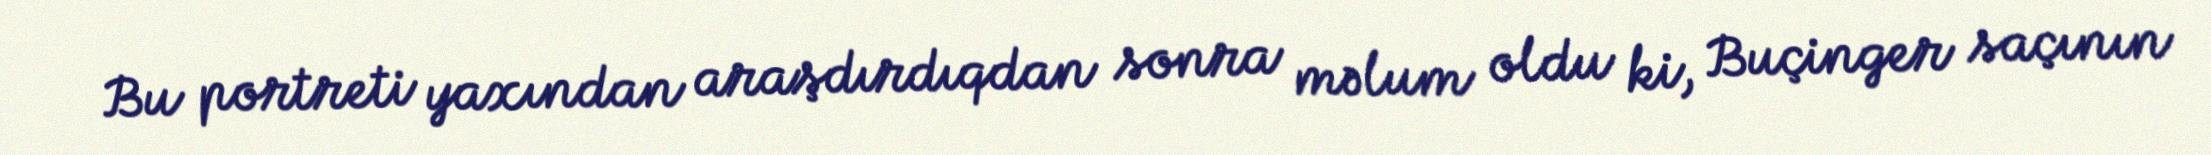
Bu portreti yaxından araşdırdıqdan sonra məlum oldu ki, Buçinger saçının